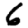
Digit: 6